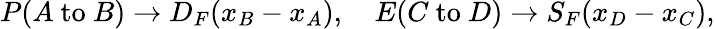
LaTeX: P(A{\mathrm{~to~}}B)\to D_{F}(x_{B}-x_{A}),\quad E(C{\mathrm{~to~}}D)\to S_{F}(x_{D}-x_{C}),